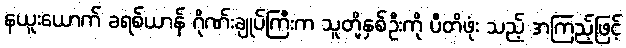
နယူးယောက် ခရစ်ယာန် ဂိုဏ်းချုပ်ကြီးက သူတို့နှစ်ဦးကို ပီတိဖုံး သည့် အကြည့်ဖြင့်